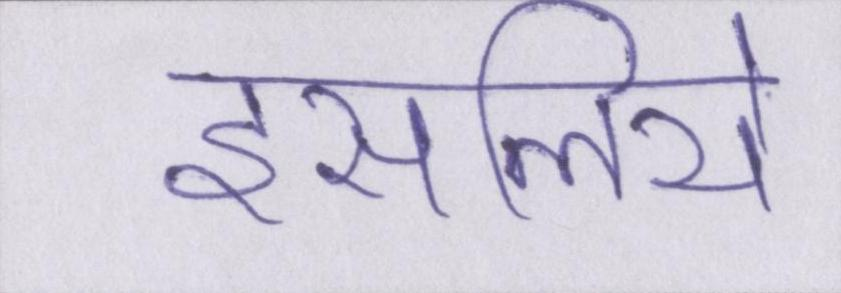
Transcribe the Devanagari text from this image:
इसलिये